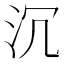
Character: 沉